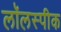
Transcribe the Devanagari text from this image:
लॉलस्पीक